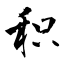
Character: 积